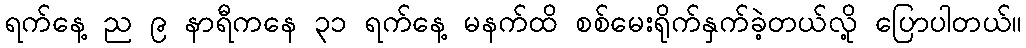
ရက်နေ့ ည ၉ နာရီကနေ ၃၁ ရက်နေ့ မနက်ထိ စစ်မေးရိုက်နှက်ခဲ့တယ်လို့ ပြောပါတယ်။